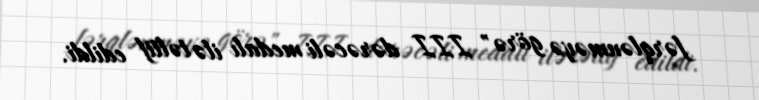
fərqlənməyə görə" III dərəcəli medalı ilə təltif edildi.